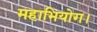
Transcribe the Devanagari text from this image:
महाभियोग।